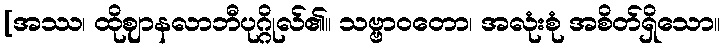
[အဿ၊ ထိုဈာနလာဘီပုဂ္ဂိုလ်၏။ သဗ္ဗာဝတော၊ အလုံးစုံ အစိတ်ရှိသော။